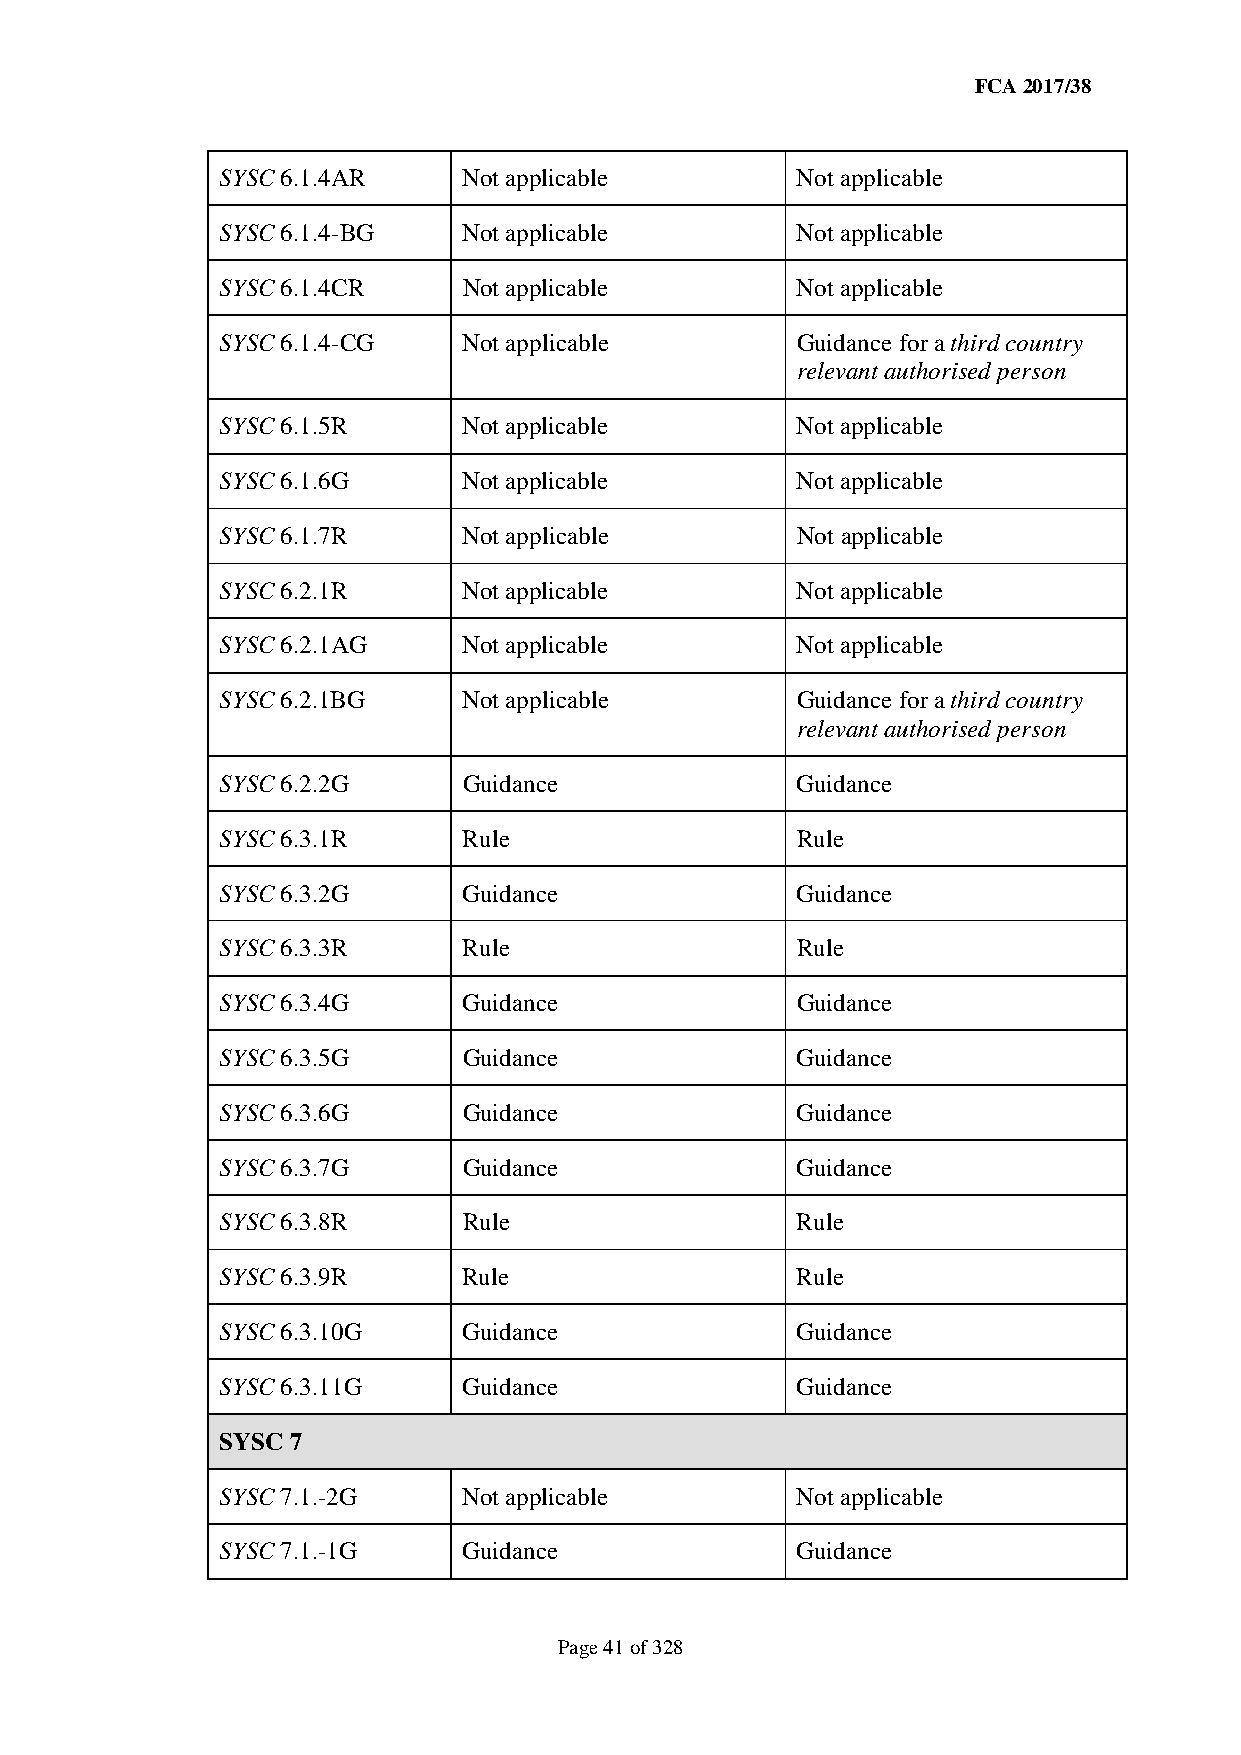
FCA 2017/38
 SYSC 6.1.4AR    Not applicable        Not applicable
 SYSC 6.1.4-BG   Not applicable        Not applicable
 SYSC 6.1.4CR    Not applicable        Not applicable
 SYSC 6.1.4-CG   Not applicable        Guidance for a third country
 relevant authorised person
 SYSC 6.1.5R     Not applicable        Not applicable
 SYSC 6.1.6G     Not applicable        Not applicable
 SYSC 6.1.7R     Not applicable        Not applicable
 SYSC 6.2.1R     Not applicable        Not applicable
 SYSC 6.2.1AG    Not applicable        Not applicable
 SYSC 6.2.1BG    Not applicable        Guidance for a third country
 relevant authorised person
 SYSC 6.2.2G     Guidance              Guidance
 SYSC 6.3.1R     Rule                  Rule
 SYSC 6.3.2G     Guidance              Guidance
 SYSC 6.3.3R     Rule                  Rule
 SYSC 6.3.4G     Guidance              Guidance
 SYSC 6.3.5G     Guidance              Guidance
 SYSC 6.3.6G     Guidance              Guidance
 SYSC 6.3.7G     Guidance              Guidance
 SYSC 6.3.8R     Rule                  Rule
 SYSC 6.3.9R     Rule                  Rule
 SYSC 6.3.10G    Guidance              Guidance
 SYSC 6.3.11G    Guidance              Guidance
 SYSC 7
 SYSC 7.1.-2G    Not applicable        Not applicable
 SYSC 7.1.-1G    Guidance              Guidance
 Page 41 of 328